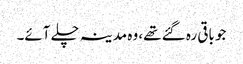
جو باقی رہ گئے تھے، وہ مدینہ چلے آئے۔